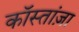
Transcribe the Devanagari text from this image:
कॉस्तांज़ा